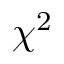
\chi ^ { 2 }